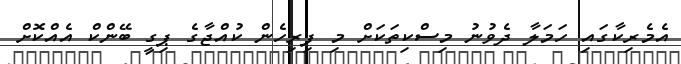
އެެމެރިކާގައި ހަމަލާ ދެވުނު މިސްކިތަކަށް މި ފިރިހެން ކުއްޖާގެ ޕިިގީ ބޭންކް އެއްކޮށް